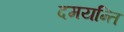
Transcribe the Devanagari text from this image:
दमयन्ति